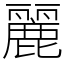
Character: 麗